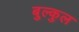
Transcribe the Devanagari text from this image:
बुल्कुल